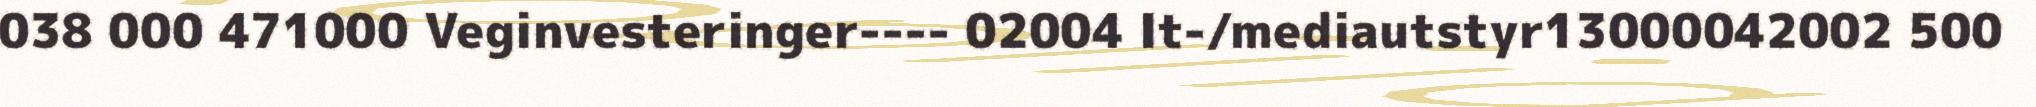
038 000 471000 Veginvesteringer---- 02004 It-/mediautstyr13000042002 500